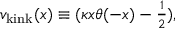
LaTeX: v _ { \mathrm { k i n k } } ( x ) \equiv ( \kappa x \theta ( - x ) - { \textstyle { \frac { 1 } { 2 } } } ) ,